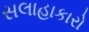
સલાહાકારો